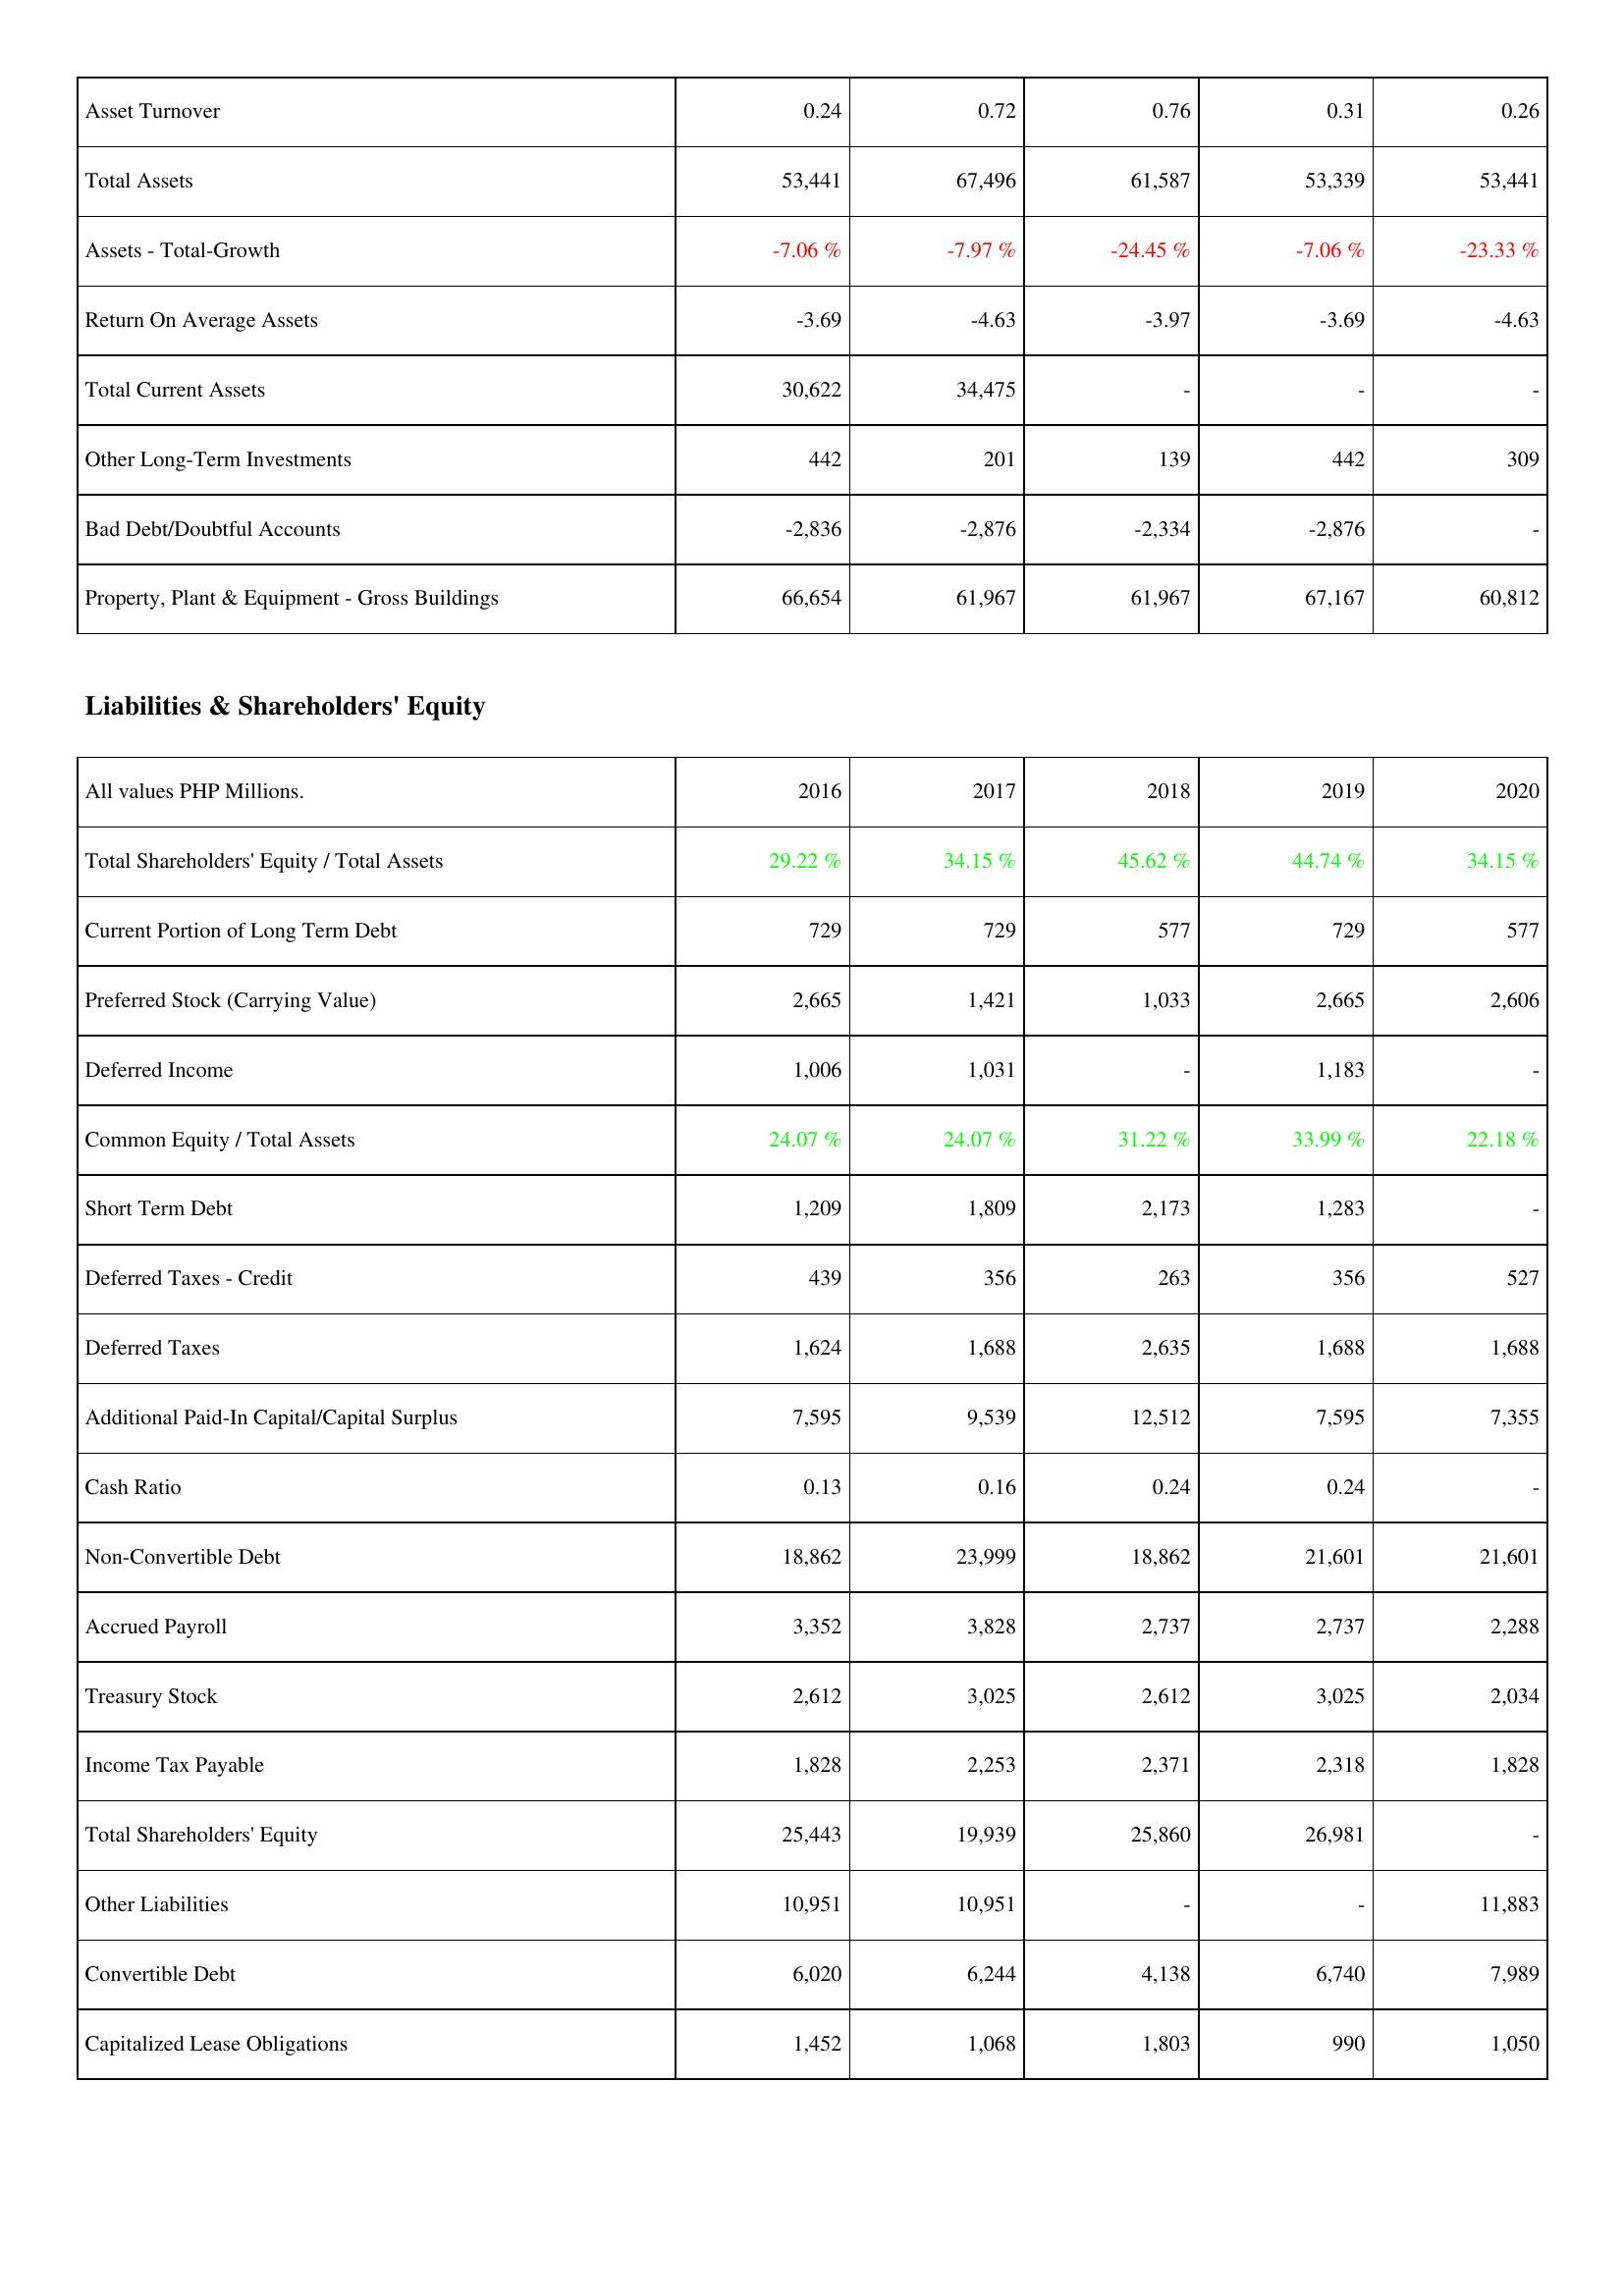
2016: Assets: Asset Turnover: 0.24
Total Assets: 53,441
Assets - Total-Growth: -7.06 %
Return On Average Assets: -3.69
Total Current Assets: 30,622
Other Long-Term Investments: 442
Bad Debt/Doubtful Accounts: -2,836
Property, Plant & Equipment - Gross Buildings: 66,654
Liabilities & Shareholders' Equity: Total Shareholders' Equity / Total Assets: 29.22 %
Current Portion of Long Term Debt: 729
Preferred Stock (Carrying Value): 2,665
Deferred Income: 1,006
Common Equity / Total Assets: 24.07 %
Short Term Debt: 1,209
Deferred Taxes - Credit: 439
Deferred Taxes: 1,624
Additional Paid-In Capital/Capital Surplus: 7,595
Cash Ratio: 0.13
Non-Convertible Debt: 18,862
Accrued Payroll: 3,352
Treasury Stock: 2,612
Income Tax Payable: 1,828
Total Shareholders' Equity: 25,443
Other Liabilities: 10,951
Convertible Debt: 6,020
Capitalized Lease Obligations: 1,452
2017: Assets: Asset Turnover: 0.72
Total Assets: 67,496
Assets - Total-Growth: -7.97 %
Return On Average Assets: -4.63
Total Current Assets: 34,475
Other Long-Term Investments: 201
Bad Debt/Doubtful Accounts: -2,876
Property, Plant & Equipment - Gross Buildings: 61,967
Liabilities & Shareholders' Equity: Total Shareholders' Equity / Total Assets: 34.15 %
Current Portion of Long Term Debt: 729
Preferred Stock (Carrying Value): 1,421
Deferred Income: 1,031
Common Equity / Total Assets: 24.07 %
Short Term Debt: 1,809
Deferred Taxes - Credit: 356
Deferred Taxes: 1,688
Additional Paid-In Capital/Capital Surplus: 9,539
Cash Ratio: 0.16
Non-Convertible Debt: 23,999
Accrued Payroll: 3,828
Treasury Stock: 3,025
Income Tax Payable: 2,253
Total Shareholders' Equity: 19,939
Other Liabilities: 10,951
Convertible Debt: 6,244
Capitalized Lease Obligations: 1,068
2018: Assets: Asset Turnover: 0.76
Total Assets: 61,587
Assets - Total-Growth: -24.45 %
Return On Average Assets: -3.97
Total Current Assets: -
Other Long-Term Investments: 139
Bad Debt/Doubtful Accounts: -2,334
Property, Plant & Equipment - Gross Buildings: 61,967
Liabilities & Shareholders' Equity: Total Shareholders' Equity / Total Assets: 45.62 %
Current Portion of Long Term Debt: 577
Preferred Stock (Carrying Value): 1,033
Deferred Income: -
Common Equity / Total Assets: 31.22 %
Short Term Debt: 2,173
Deferred Taxes - Credit: 263
Deferred Taxes: 2,635
Additional Paid-In Capital/Capital Surplus: 12,512
Cash Ratio: 0.24
Non-Convertible Debt: 18,862
Accrued Payroll: 2,737
Treasury Stock: 2,612
Income Tax Payable: 2,371
Total Shareholders' Equity: 25,860
Other Liabilities: -
Convertible Debt: 4,138
Capitalized Lease Obligations: 1,803
2019: Assets: Asset Turnover: 0.31
Total Assets: 53,339
Assets - Total-Growth: -7.06 %
Return On Average Assets: -3.69
Total Current Assets: -
Other Long-Term Investments: 442
Bad Debt/Doubtful Accounts: -2,876
Property, Plant & Equipment - Gross Buildings: 67,167
Liabilities & Shareholders' Equity: Total Shareholders' Equity / Total Assets: 44.74 %
Current Portion of Long Term Debt: 729
Preferred Stock (Carrying Value): 2,665
Deferred Income: 1,183
Common Equity / Total Assets: 33.99 %
Short Term Debt: 1,283
Deferred Taxes - Credit: 356
Deferred Taxes: 1,688
Additional Paid-In Capital/Capital Surplus: 7,595
Cash Ratio: 0.24
Non-Convertible Debt: 21,601
Accrued Payroll: 2,737
Treasury Stock: 3,025
Income Tax Payable: 2,318
Total Shareholders' Equity: 26,981
Other Liabilities: -
Convertible Debt: 6,740
Capitalized Lease Obligations: 990
2020: Assets: Asset Turnover: 0.26
Total Assets: 53,441
Assets - Total-Growth: -23.33 %
Return On Average Assets: -4.63
Total Current Assets: -
Other Long-Term Investments: 309
Bad Debt/Doubtful Accounts: -
Property, Plant & Equipment - Gross Buildings: 60,812
Liabilities & Shareholders' Equity: Total Shareholders' Equity / Total Assets: 34.15 %
Current Portion of Long Term Debt: 577
Preferred Stock (Carrying Value): 2,606
Deferred Income: -
Common Equity / Total Assets: 22.18 %
Short Term Debt: -
Deferred Taxes - Credit: 527
Deferred Taxes: 1,688
Additional Paid-In Capital/Capital Surplus: 7,355
Cash Ratio: -
Non-Convertible Debt: 21,601
Accrued Payroll: 2,288
Treasury Stock: 2,034
Income Tax Payable: 1,828
Total Shareholders' Equity: -
Other Liabilities: 11,883
Convertible Debt: 7,989
Capitalized Lease Obligations: 1,050